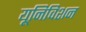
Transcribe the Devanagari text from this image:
यूनिविशन